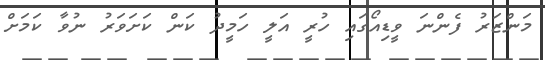
މަންޒަރު ފެންނަ ވީޑިއޯގައި ހުރީ އަލީ ހަމީދު ކަން ކަށަވަރު ނުވާ ކަމަށް